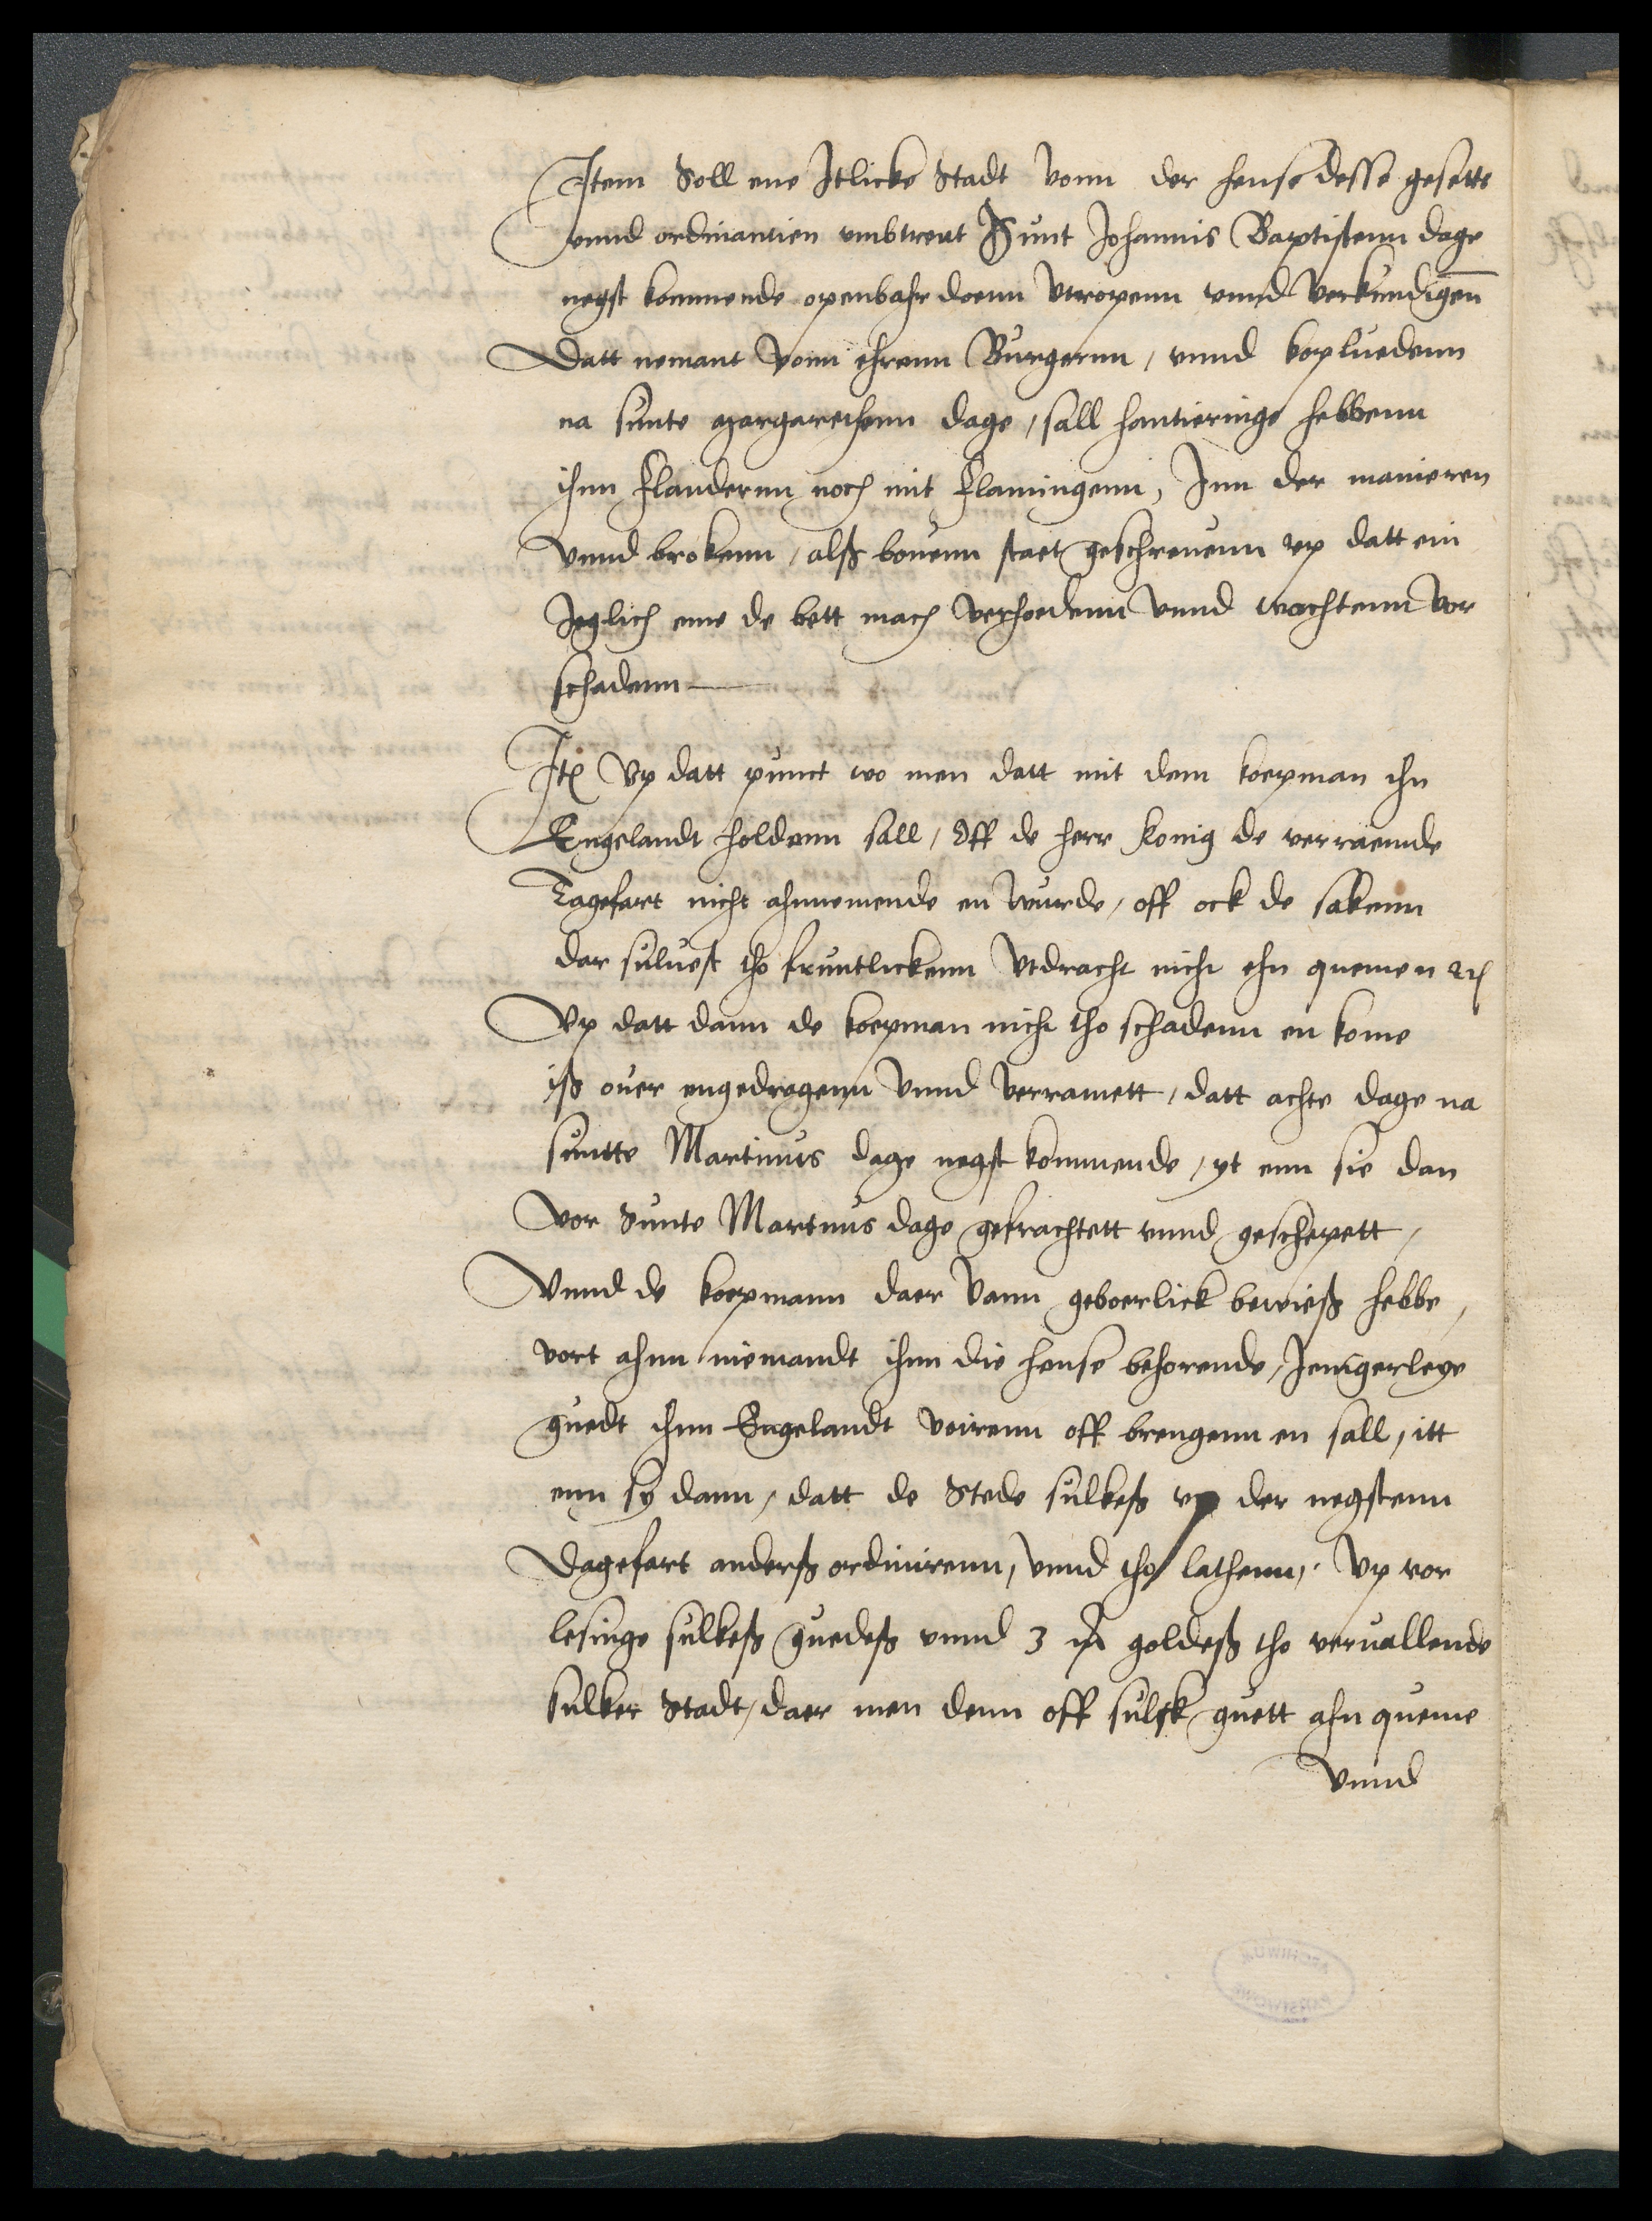
Jtem Soll ene Jtlicke Stadt vonn der hense desse gesette
vnnd ordinantien vmbtrent Sunt Johannis Baptistenn dage
negst kommende openbahr doenn vercopenn vnnd verkundigenn
Datt nemant vonn ehrenn Burgernn, vnnd kopluedenn
na sunte Margarethenn dage, sall hantieringe hebbenn
ihnn Flandernn noch mit Flamingenn, Jnn der manieren
vnnd brokenn, alß bouenn staet geschreuenn vp datt ein
Jeglich eme de bett mach verhoedenn vnnd wachtenn vor
schadenn

Item vp datt punct wo men datt mit dem koepman ihn
Engelandt holdenn sall, Off de herr Konig de verraemdede
Taghefart nicht ahnnemende en wurde, off ock de sakenn
dar suluest to fruntlickenn vtdracht nicht ehn quemen etc
Vp datt dann de koepman nicht tho schadenn en komen
iß ouer engedragenn vnnd verramett, datt achte dage na
sunnte Martinus dage negst kommende, yt enn sie dan
vor Sunte Martinus dage gefrachtett vnnd geschepett,
Vnnd de koepmann daer vann geboerlick bewieß hebbe,
vort ahnn niemandt ihnn die hense behorende, Jenigerleye
guedt ihnn Engelandt voirenn off brengenn en sall, itt
enn sy dann, datt de Stede sulkeß vp der negstenn
Dagefart anderß ordinirenn, vnnd tho lathenn, Vp vor¬
lesinge sulkeß guedeß vnnd 3 m goldeß tho veruallende
sulker Stadt, daer men denn off sulck guett ahn queme
vnnd